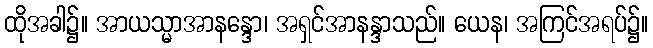
ထိုအခါ၌။ အာယသ္မာအာနန္ဒော၊ အရှင်အာနန္ဒာသည်။ ယေန၊ အကြင်အရပ်၌။